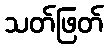
သတ်ဖြတ်